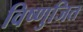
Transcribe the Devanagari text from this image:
विष्णुजित